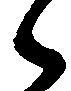
々